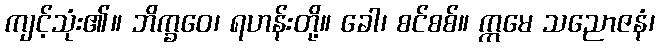
ကျင့်သုံး၏။ ဘိက္ခဝေ၊ ရဟန်းတို့။ ခေါ၊ စင်စစ်။ ဣမေ သညောဇနံ၊